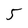
Character: 5